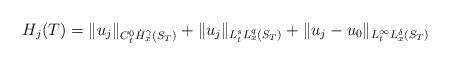
LaTeX: \begin{align*} H_j(T)= \|u_j\|_{C_t^0\dot{H}_x^\gamma(S_T)} + \|u_j\|_{L^s_t L^q_x(S_T)} + \|u_j -u_0\|_{L^\infty_t L^\delta_x(S_T)}\end{align*}